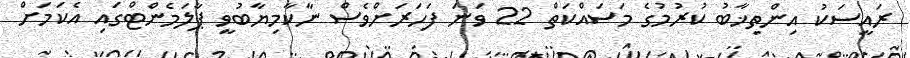
ރައީސަކު އިންތިޚާބު ކުރުމުގެ މަސައްކަތް 22 ވަނަ ފަހަރަށްވެސް ނާކާމިޔާބުވީ ޕާލަމެންޓްގައި އެކަމަށް